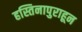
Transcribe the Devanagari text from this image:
हस्तिनापुराहून